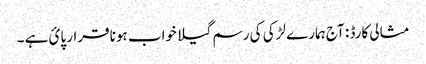
مثالی کارڈ : آج ہمارے لڑکی کی رسم گیلا خواب ہونا قرار پائ ہے ۔